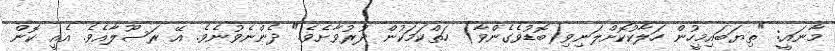
މާނައީ: "ތިޔަބައިމީހުން ހަލާކުކޮށްލަނިވި(ބޮޑުވެގެންވާ) ހަތްކަމަކުން ދުރުވާށެވެ." ދެންނެވުނެވެ. އޭ ރަސޫލާއެވެ. އެއީ ކޮން